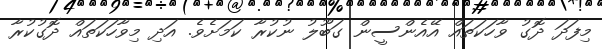
މިފަދަ ދޮގު ވާހަކަތައް އޭއެންސީން ގަބޫލު ނުކުރާ ކަމަށެވެ. އަދި މިވާހަކަތައް ދޮގުކުރާ